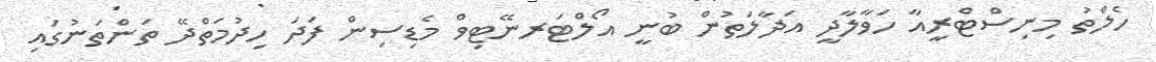
ހެލްތު މިނިސްޓްރީއާ ހަވާލާދީ އަދާލަތުން ބުނީ އޯލްޓަރނޭޓިވް މެޑިސިން ފަދަ ހިދުމަތްދޭ ތަންތަނުގައި